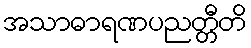
အသာဓာရဏပညတ္တီတိ